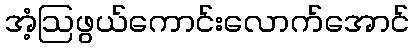
အံ့ဩဖွယ်ကောင်းလောက်အောင်